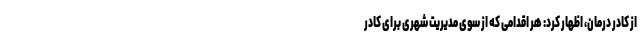
از کادر درمان، اظهار کرد: هر اقدامی که از سوی مدیریت شهری برای کادر